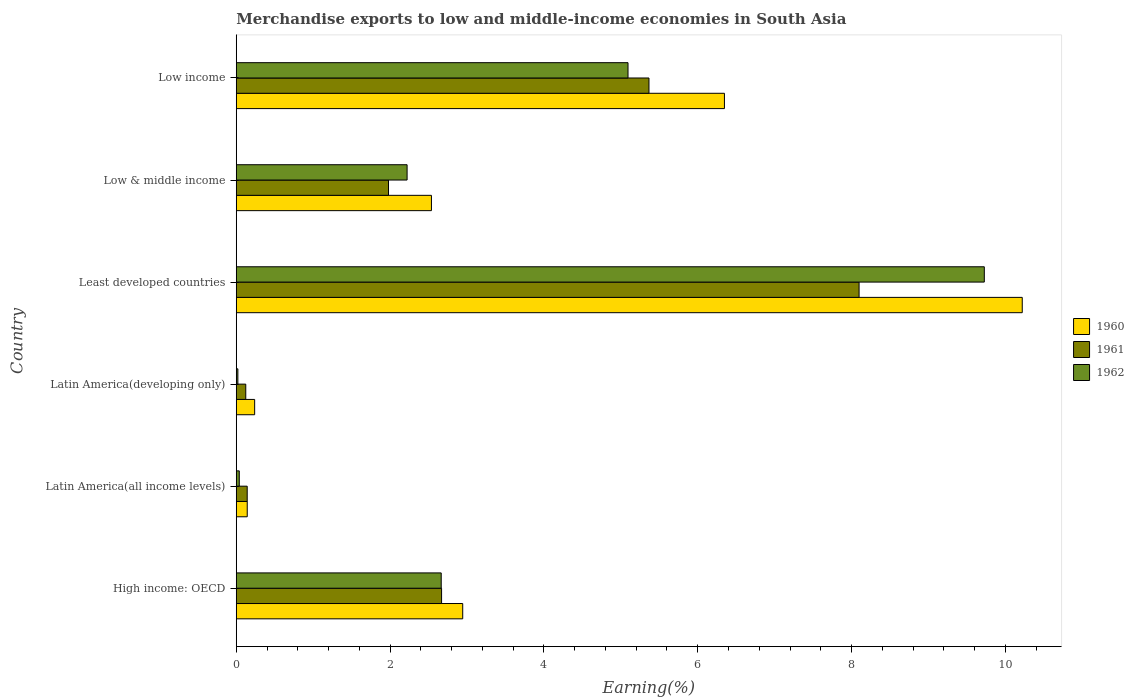
| Country | 1960 | 1961 | 1962 |
 | --- | --- | --- | --- |
 | High income: OECD | 2.94 | 2.67 | 2.66 |
 | Latin America(all income levels) | 0.143 | 0.142 | 0.0393 |
 | Latin America(developing only) | 0.239 | 0.124 | 0.021 |
 | Least developed countries | 10.2 | 8.1 | 9.73 |
 | Low & middle income | 2.54 | 1.98 | 2.22 |
 | Low income | 6.35 | 5.37 | 5.09 |